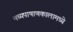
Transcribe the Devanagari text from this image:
मध्यपाषाणकालामध्ये